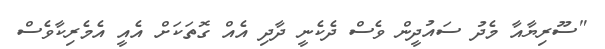
"ސޫރިޔާއާ މެދު ސައުދީން ވެސް ދެކެނީ ދާދި އެއް ގޮތަކަށް އެއީ އެމެރިކާވެސް